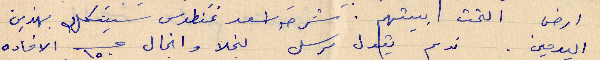
ارض التحت بيتهم. شرحة اسعد غنطوس سيشكل بهذين